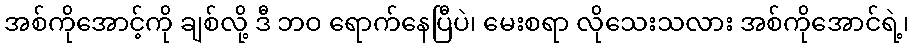
အစ်ကိုအောင့်ကို ချစ်လို့ ဒီ ဘဝ ရောက်နေပြီပဲ၊ မေးစရာ လိုသေးသလား အစ်ကိုအောင်ရဲ့၊